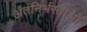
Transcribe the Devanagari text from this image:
अंतनिर्भरताओं